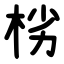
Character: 㭞